Kassari_(Keina)_vallavalitsus, lk 78
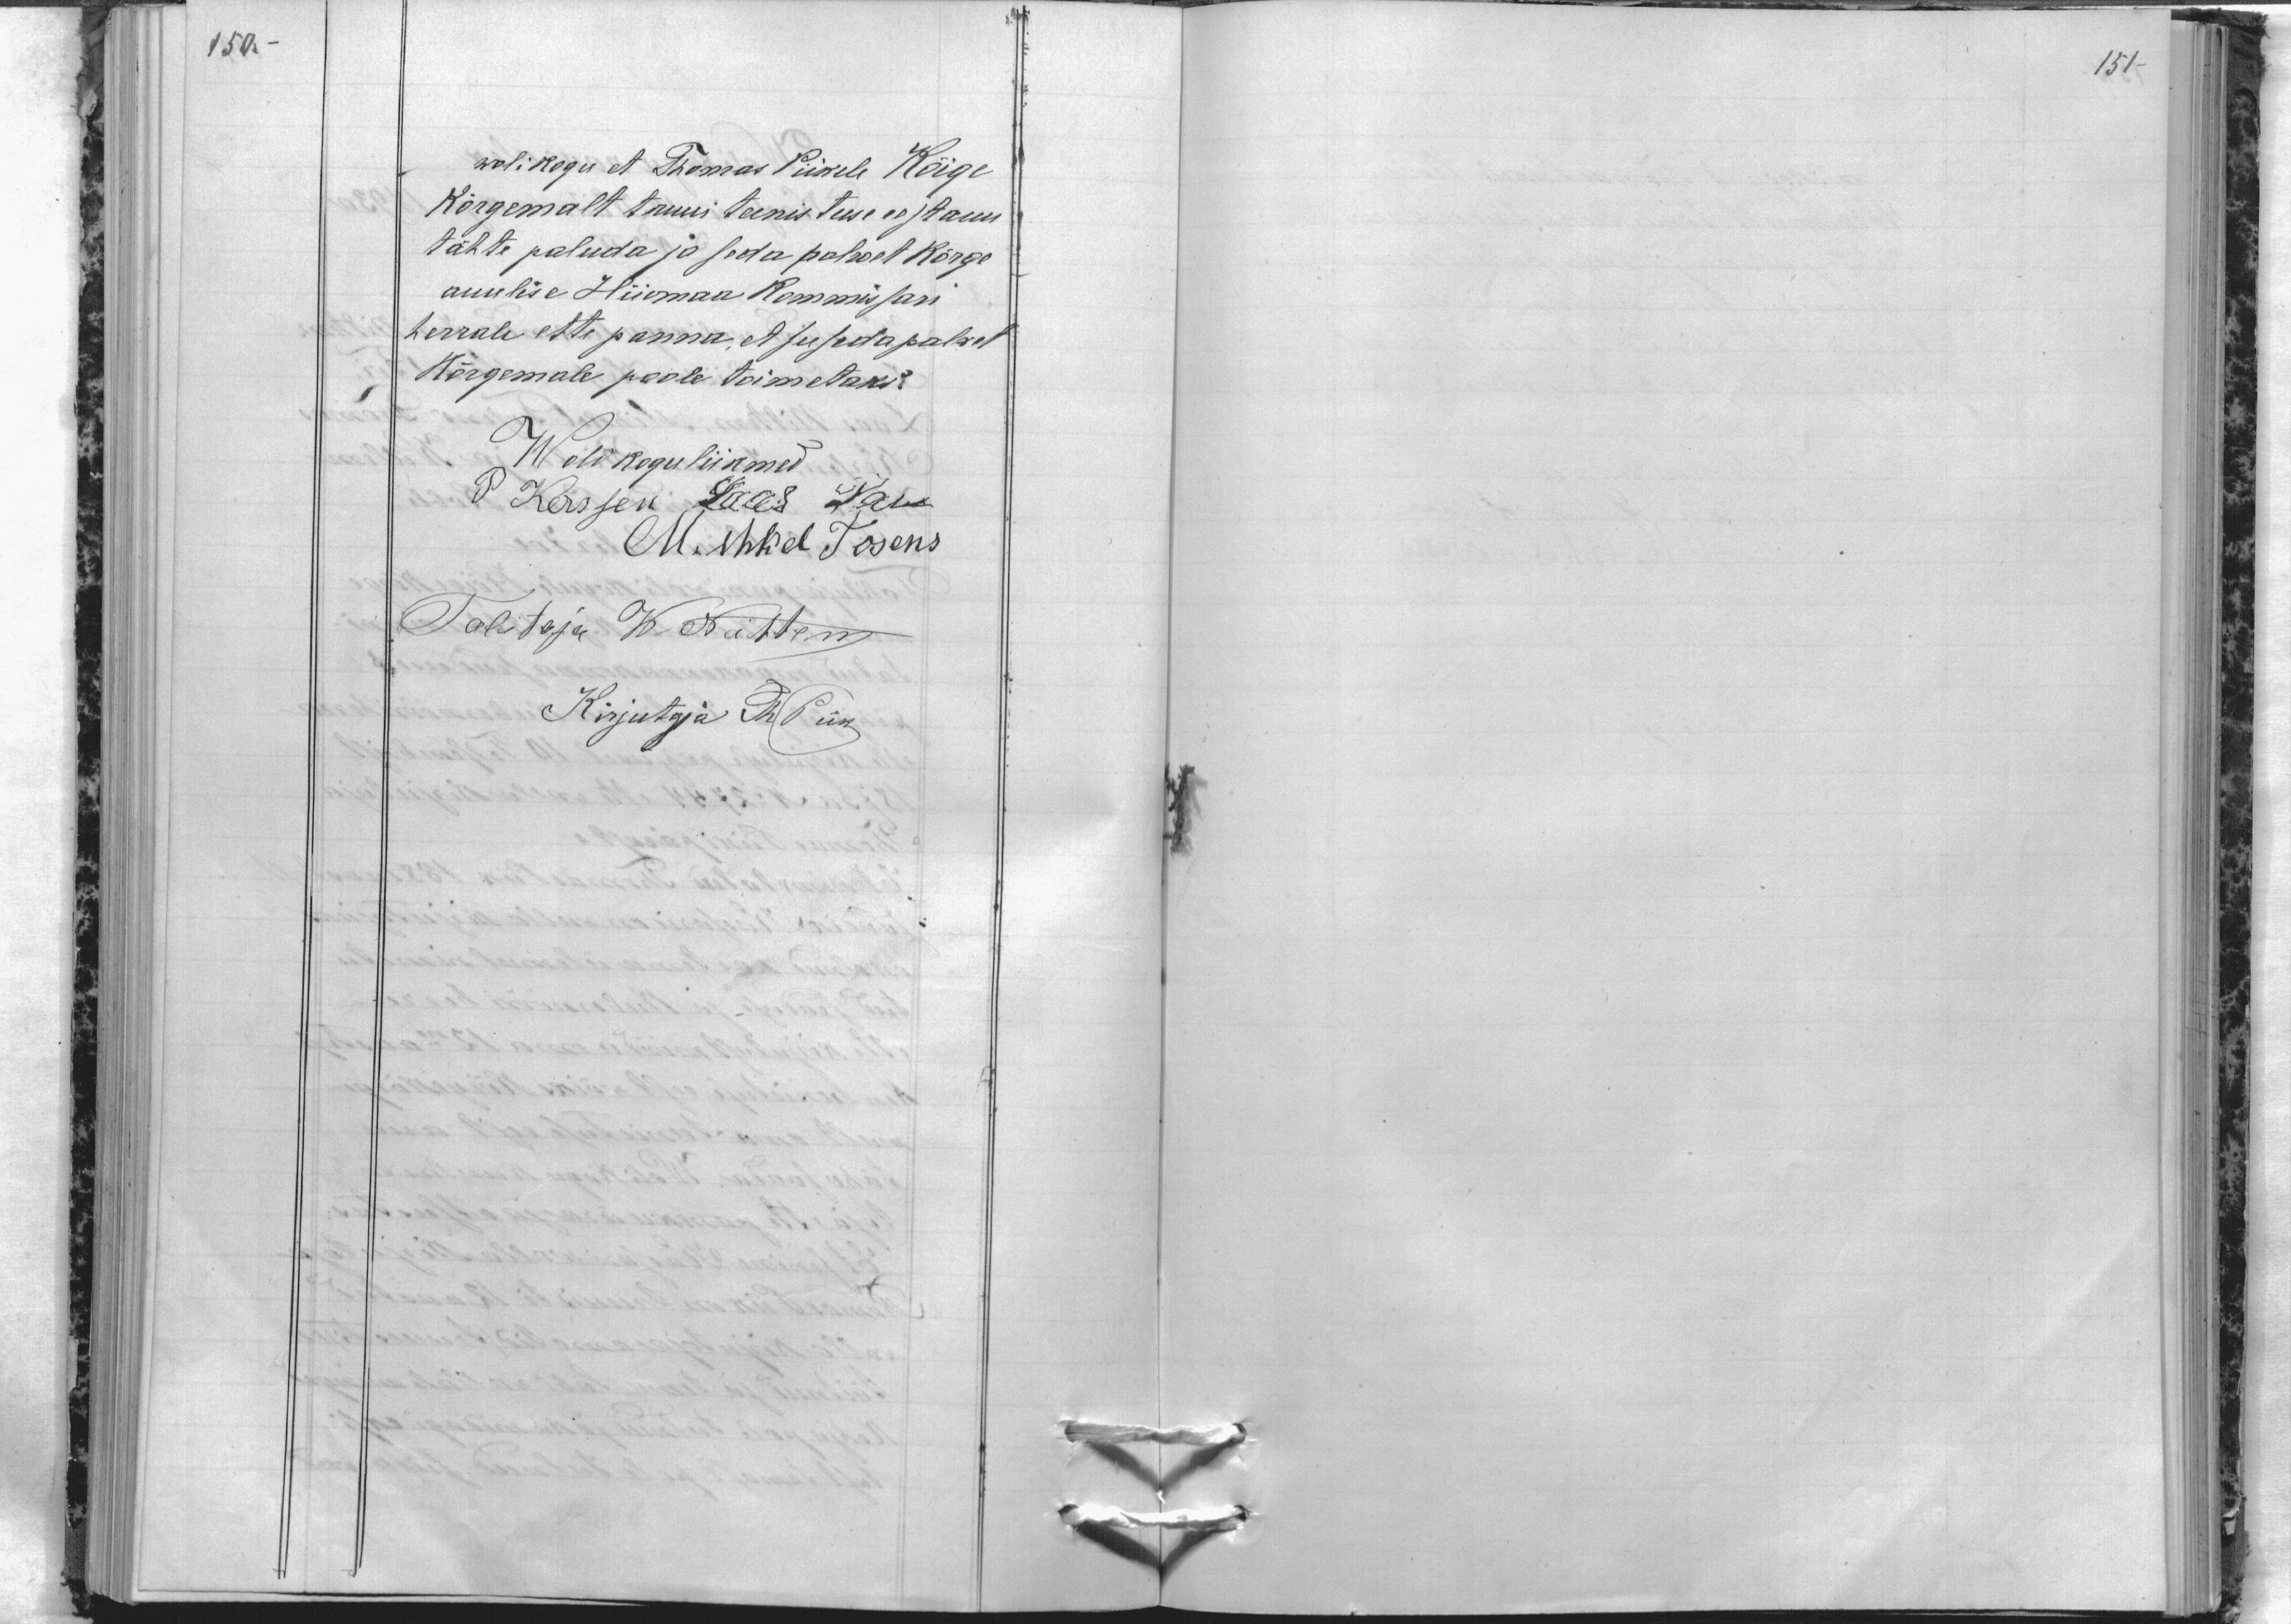
150.

151-

wolikogu et Thomas Piikele Kõige
Kõrgemalt truui teenistuse eest auu
tähte paluda ja seda pahwet kõrge
auulise Hiiomaa Kommissari
herrale ette panna, et see seda palwet
Kõrgemale poole toimetaks.
Wolikogu liikmed
P Kersen Laas Pau
Mihkel Tosens
Talitaja W. Nittem
Kirjutaja Th. Piik